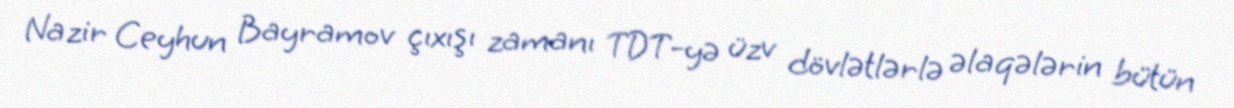
Nazir Ceyhun Bayramov çıxışı zamanı TDT-yə üzv dövlətlərlə əlaqələrin bütün